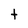
Character: t